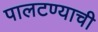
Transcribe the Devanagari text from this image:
पालटण्याची